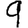
Digit: 9